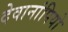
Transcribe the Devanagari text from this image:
देवानांपियो